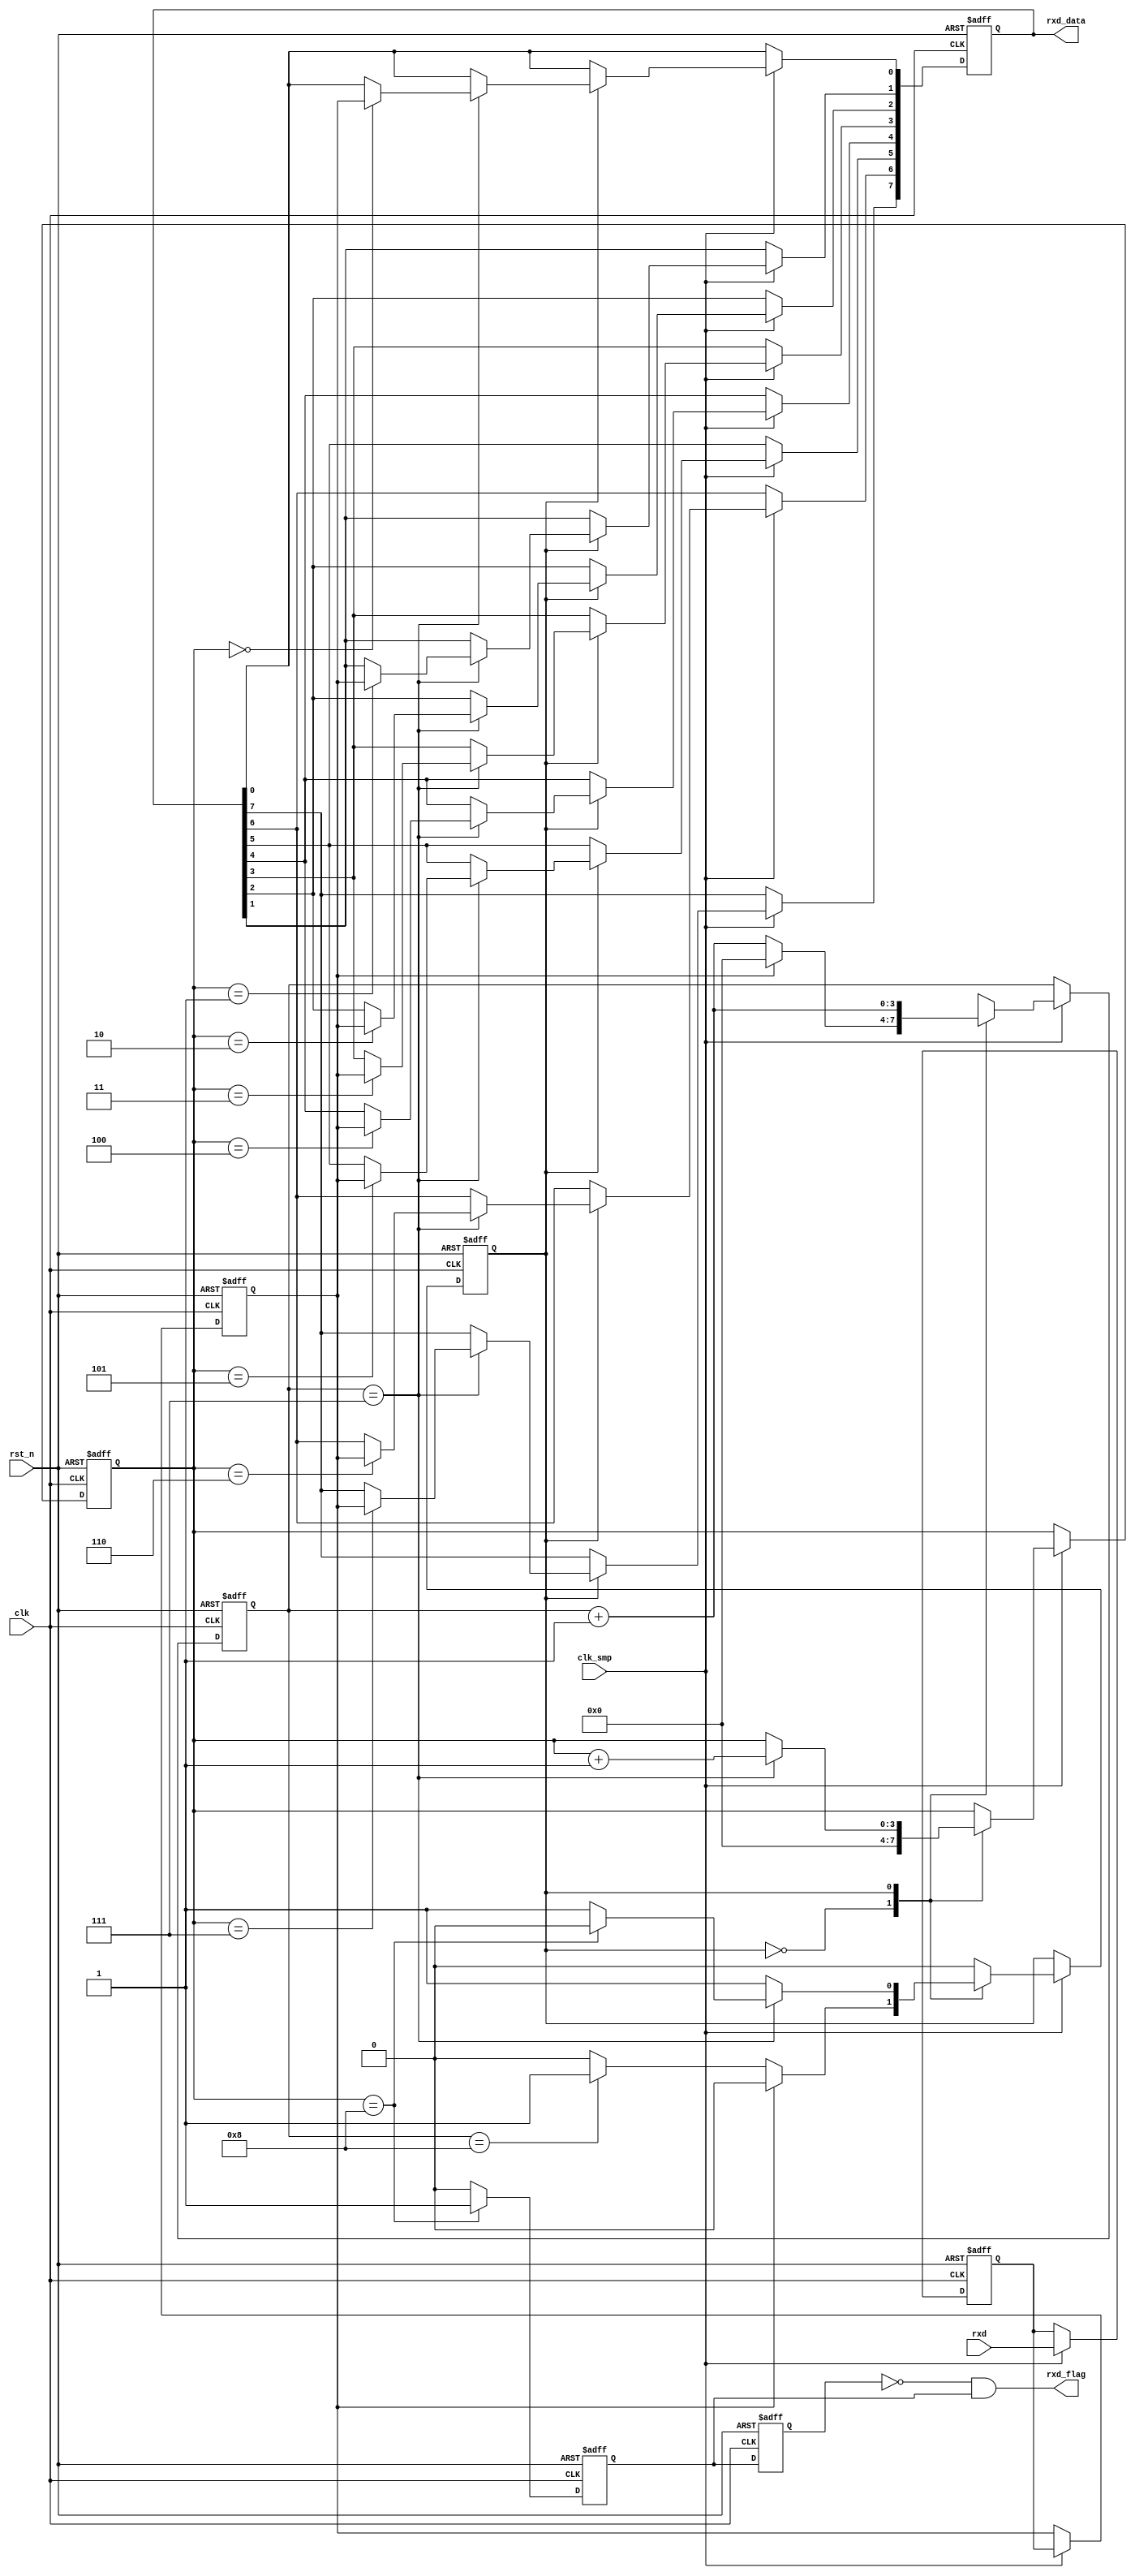
/*-------------------------------------------------------------------------
This confidential and proprietary software may be only used as authorized
by a licensing agreement from CrazyBingo.
(C) COPYRIGHT 2012 CrazyBingo. ALL RIGHTS RESERVED
Filename			:		uart_receiver.v
Author				:		CrazyBingo
Data				:		2011-01-28
Version				:		1.0
Description			:		data receive for uart.
Modification History	:
Data			By			Version			Change Description
===========================================================================
11/01/28		CrazyBingo	1.0				Original
--------------------------------------------------------------------------*/
`timescale 1 ns / 1 ns
module uart_receiver
(
	input				clk,
	input				clk_smp,	//clk_smp=16*clk_bps
	input				rst_n,
	
	input				rxd,
	output				rxd_flag,	//the flag of receive over
	output	reg	[7:0]	rxd_data	
);

//---------------------------------
//sync the data: rxd_sync
reg	rxd_sync_r0,rxd_sync_r1;				
always@(posedge clk or negedge rst_n)
begin
	if(!rst_n)
		begin
		rxd_sync_r0 <= 1;
		rxd_sync_r1 <= 1;
		end
	else if(clk_smp == 1)
		begin
		rxd_sync_r0 <= rxd;
		rxd_sync_r1 <= rxd_sync_r0;
		end
end
wire	rxd_sync = rxd_sync_r1;

//---------------------------------
//sample signal, receive data
parameter	R_IDLE		=	1'b0;		//>=7 clk_smp : receive flag 
parameter	R_SAMPLE	=	1'b1;		//sample data programmer
reg			rxd_state;
reg	[3:0]	smp_cnt;					//sample cycle counter
reg	[3:0]	rxd_cnt;					//the lenth of data		/////////////////////////////
always@(posedge clk or negedge rst_n)
begin
	if(!rst_n)
		begin
		smp_cnt <= 0;
		rxd_cnt <= 0;
		rxd_data <= 0;
		rxd_state <= R_IDLE;
		end
	else if(clk_smp == 1)
		begin
		case(rxd_state)
		R_IDLE:
			begin
			rxd_cnt <= 0;
			if(rxd_sync == 1'b0)
				begin
				smp_cnt <= smp_cnt + 1'b1;
				if(smp_cnt == 4'd8)		//8 clk_smp enable
					rxd_state <= R_SAMPLE;
				end
			else
				smp_cnt <= 0;
			end
		R_SAMPLE:	
			begin
			smp_cnt <= smp_cnt +1'b1;
			if(smp_cnt == 4'd7)
				begin
				rxd_cnt <= rxd_cnt +1'b1;
				if(rxd_cnt == 4'd8)///////////////
					rxd_state <= R_IDLE;
				case(rxd_cnt)
				3'd0:	rxd_data[0] <= rxd_sync;
				3'd1:	rxd_data[1] <= rxd_sync;
				3'd2:	rxd_data[2] <= rxd_sync;
				3'd3:	rxd_data[3] <= rxd_sync;
				3'd4:	rxd_data[4] <= rxd_sync;
				3'd5:	rxd_data[5] <= rxd_sync;
				3'd6:	rxd_data[6] <= rxd_sync;
				3'd7:	rxd_data[7] <= rxd_sync;
				endcase
				end
			end
		endcase
		end
end
wire	rxd_flag_r = (rxd_cnt == 4'd8) ? 1'b1 : 1'b0;

//---------------------------------
//the signal flag of rxd receive over
reg	rxd_flag_r0,rxd_flag_r1;
always@(posedge clk or negedge rst_n)
begin
	if(!rst_n)
		begin
		rxd_flag_r0 <= 0;
		rxd_flag_r1 <= 0;
		end
	else
		begin
		rxd_flag_r0 <= rxd_flag_r;
		rxd_flag_r1 <= rxd_flag_r0;
		end
end
assign	rxd_flag = ~rxd_flag_r1 & rxd_flag_r0;

endmodule